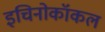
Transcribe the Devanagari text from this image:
इचिनोकॉकल